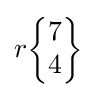
r{\begin{Bmatrix}7\\4\end{Bmatrix}}